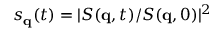
s _ { \mathbf { q } } ( t ) = | S ( \mathbf { q } , t ) / S ( \mathbf { q } , 0 ) | ^ { 2 }